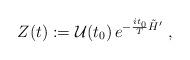
LaTeX: \begin{align*}Z(t):={\cal U}(t_{0})\, e^{-\frac{it_{0}}{T}\tilde{H}'}\; ,\end{align*}